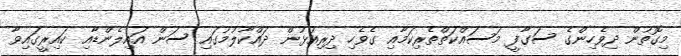
މިގޮތުން ދިވެހިންގެ ސަގާފީ މަސައްކަތްތެރިކަމާއި ގެވެހި ދިރިއުޅުން ދައްކާލުމުގައި ސަން އައިލެންޑާއި ކައިރީގައިވާ